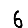
Digit: 6